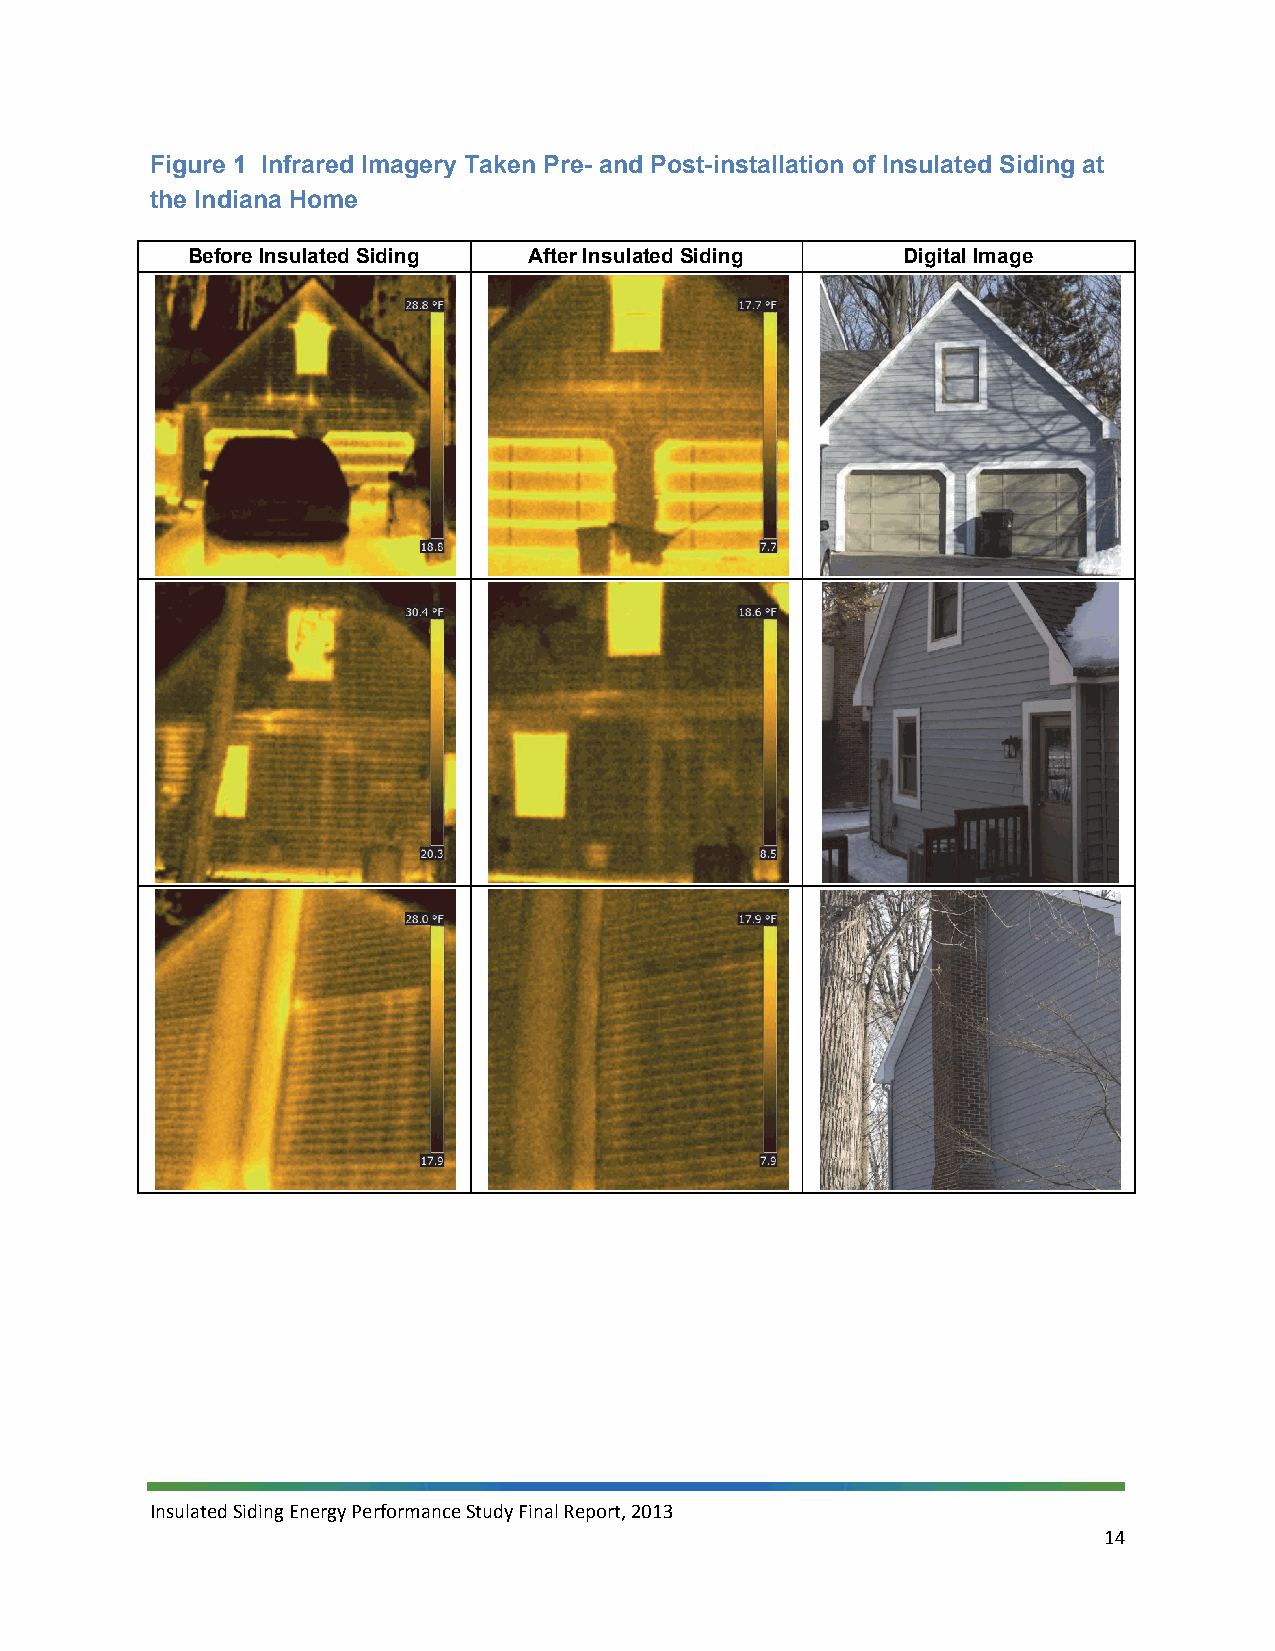
Figure 1 Infrared Imagery Taken Pre- and Post-installation of Insulated Siding at
 the Indiana Home
 Before Insulated Siding After Insulated Siding  Digital Image
 Insulated Siding Energy Performance Study Final Report, 2013
 14